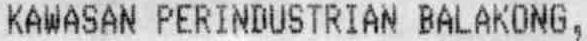
KAWASAN PERINDUSTRIAN BALAKONG,